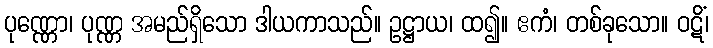
ပုဏ္ဏော၊ ပုဏ္ဏ အမည်ရှိသော ဒါယကာသည်။ ဥဋ္ဌာယ၊ ထ၍။ ဧကံ၊ တစ်ခုသော။ ဝဋိံ၊